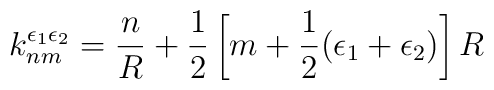
k_{nm}^{\epsilon_1 \epsilon_2}=\frac{n}{R}+\frac{1}{2}\left[m+\frac{1}{2}(\epsilon_1+\epsilon_2)\right]R